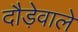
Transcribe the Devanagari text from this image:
दौड़ेवाले